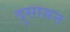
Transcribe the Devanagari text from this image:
दुसासन